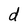
Character: d